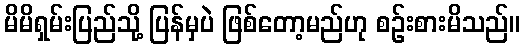
မိမိရှမ်းပြည်သို့ ပြန်မှပဲ ဖြစ်တော့မည်ဟု စဉ်းစားမိသည်။